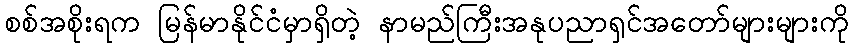
စစ်အစိုးရက မြန်မာနိုင်ငံမှာရှိတဲ့ နာမည်ကြီးအနုပညာရှင်အတော်များများကို